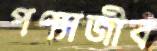
পণ্যাজীব